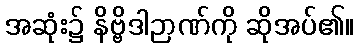
အဆုံး၌ နိဗ္ဗိဒါဉာဏ်ကို ဆိုအပ်၏။